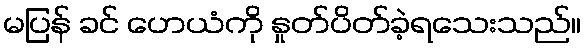
မပြန် ခင် ဟေယံကို နှုတ်ပိတ်ခဲ့ရသေးသည်။